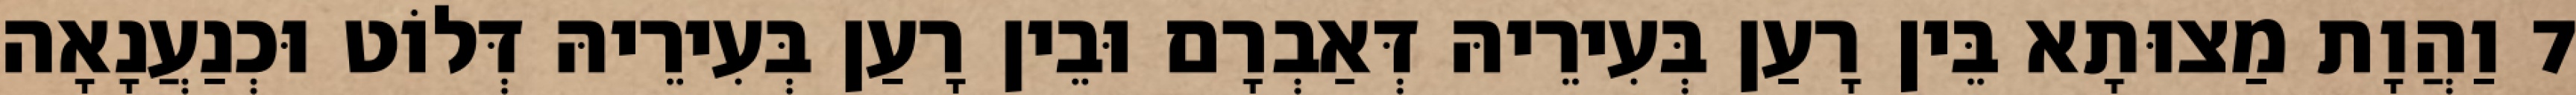
7 וַהֲוָת מַצוּתָא בֵּין רָעַן בְּעִירֵיהּ דְּאַבְרָם וּבֵין רָעַן בְּעִירֵיהּ דְּלוֹט וּכְנַעֲנָאָה